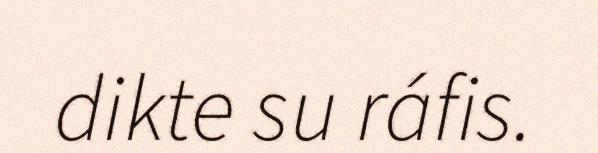
dikte su ráfis.